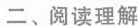
二、阅读理解